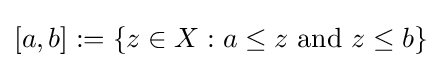
[a,b]:=\left\{z\in X:a\leq z{\text{ and }}z\leq b\right\}